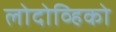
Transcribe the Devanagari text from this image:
लोदोव्हिको